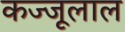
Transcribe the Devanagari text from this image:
कज्‍जूलाल